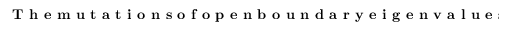
\textbf { T h e m u t a t i o n s o f o p e n b o u n d a r y e i g e n v a l u e s }